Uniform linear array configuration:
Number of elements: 64
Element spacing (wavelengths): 0.5
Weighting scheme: exponential
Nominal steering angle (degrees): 0
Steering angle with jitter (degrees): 0.1897
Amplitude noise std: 0.05
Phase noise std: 0.05

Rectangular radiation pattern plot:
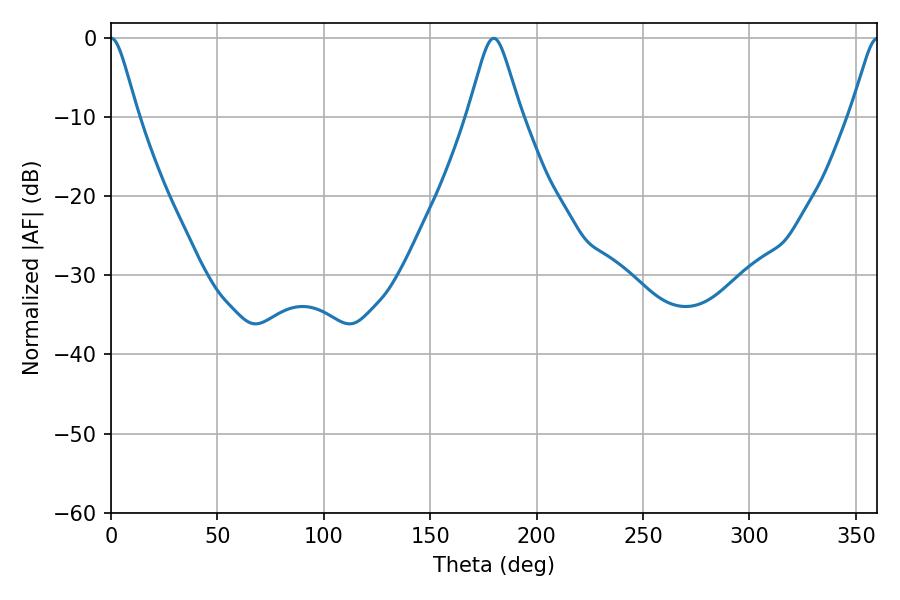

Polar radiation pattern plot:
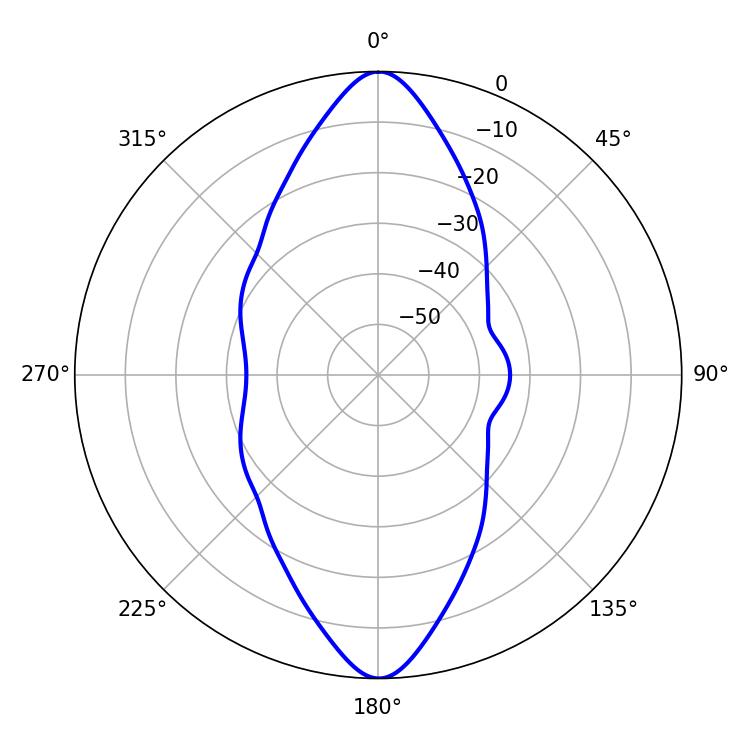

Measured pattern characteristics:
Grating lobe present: FALSE
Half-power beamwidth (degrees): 5.94
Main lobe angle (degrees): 0.18